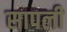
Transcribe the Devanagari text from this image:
सापली